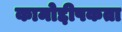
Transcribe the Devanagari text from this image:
कामोद्दीपकता